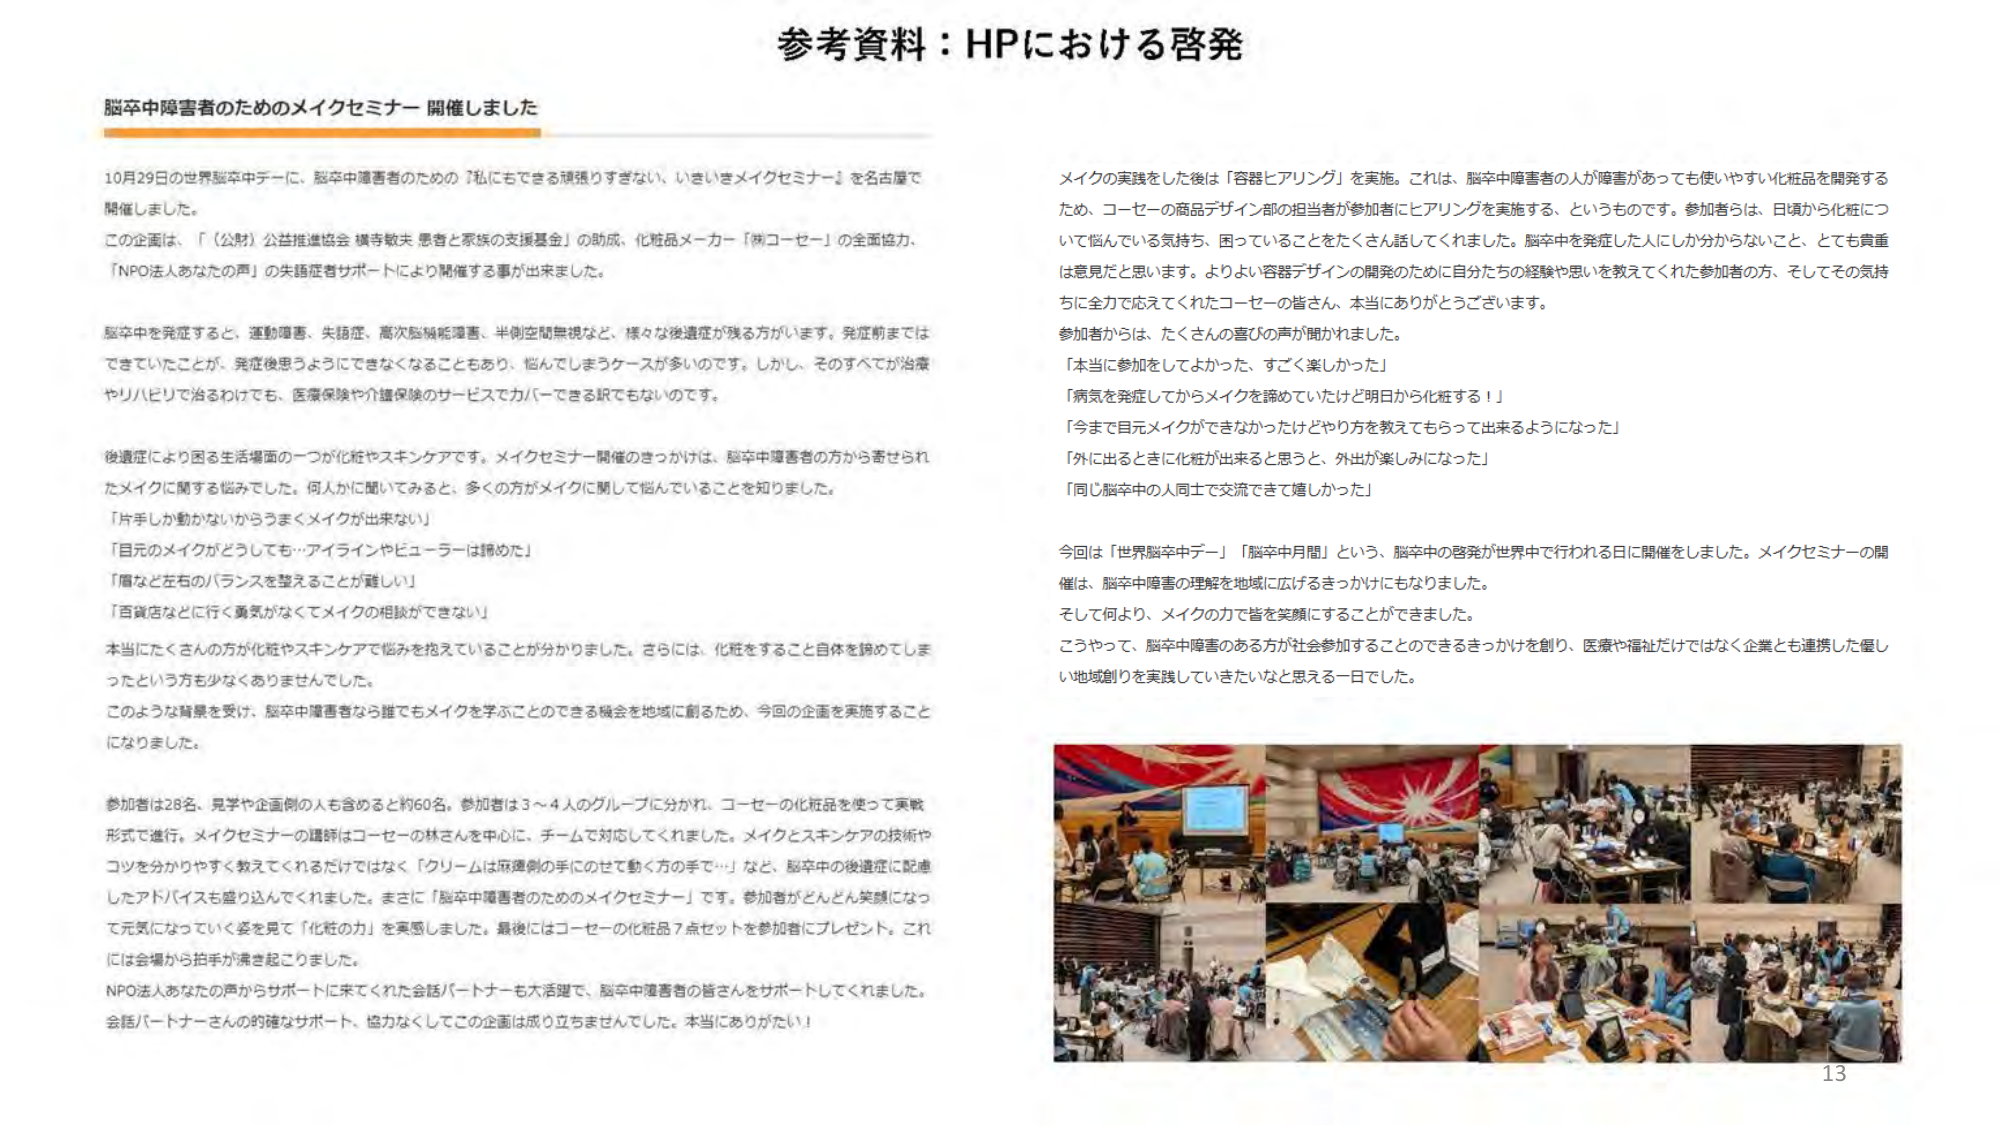
参考資料：HPにおける啓発

脳卒中障害者のためのメイクセミナー 開催しました

10月29日の世界脳卒中デーに、脳卒中障害者のための『私にもできる頑張りすぎない、いきいきメイクセミナー』を名古屋で開催しました。

この企画は、「（公財）公益推進協会 横寺敏夫 患者と家族の支援基金」の助成、化粧品メーカー『株）コーセー』の全面協力、「NPO法人あなたの声」の失語症者サポートにより開催する事が出来ました。

脳卒中を発症すると、運動障害、失語症、高次脳機能障害、半側空間無視など、様々な後遺症が残る方がいます。発症前まではできていたことが、発症後思うようにできなくなることもあり、悩んでしまうケースが多いのです。しかし、そのすべてが治療やリハビリで治るわけでも、医療保険や介護保険のサービスでカバーできる訳でもないのです。

後遺症により困る生活場面の一つが化粧やスキンケアです。メイクセミナー開催のきっかけは、脳卒中障害者の方から寄せられたメイクに関する悩みでした。何人かに聞いてみると、多くの方がメイクに関して悩んでいることを知りました。

「片手しか動かないからうまくメイクが出来ない」
「目元のメイクがどうしても…アイライナーやビューラーは諦めた」
「眉など左右のバランスを整えることが難しい」
「百貨店などに行く勇気がなくてメイクの相談ができない」

本当にたくさんの方が化粧やスキンケアで悩みを抱えていることが分かりました。さらには、化粧をすること自体を諦めてしまったという方も少なくありませんでした。

このような背景を受け、脳卒中障害者なら誰でもメイクを学ぶことのできる機会を地域に創るため、今回の企画を実施することになりました。

参加者は28名、見学や企画側の人も含めると約60名。参加者は3～4人のグループに分かれ、コーセーの化粧品を使って実戦形式で進行。メイクセミナーの講師はコーセーの林さんを中心に、チームで対応してくれました。メイクとスキンケアの技術やコツを分かりやすく教えてくれるだけではなく、「クリームは麻痺側の手にのせて動く方の手で…」など、脳卒中の後遺症に配慮したアドバイスも盛り込んでくれました。まさに「脳卒中障害者のためのメイクセミナー」です。参加者がどんどん笑顔になって元気になっていく姿を見て「化粧の力」を実感しました。最後にはコーセーの化粧品7点セットを参加者にプレゼント。これには会場から拍手が沸き起こりました。

NPO法人あなたの声からサポートに来てくれた会話パートナーも大活躍で、脳卒中障害者の皆さんをサポートしてくれました。会話パートナーさんの的確なサポート、協力なくしてこの企画は成り立ちませんでした。本当にありがとう！

メイクの実践をした後は「容器ヒアリング」を実施。これは、脳卒中障害者の人が障害があっても使いやすい化粧品を開発するため、コーセーの商品デザイン部の担当者が参加者にヒアリングを実施する、というものです。参加者らは、日頃から化粧について悩んでいる気持ち、困っていることをたくさん話してくれました。脳卒中を発症した人にしか分からないこと、とても貴重な意見だと思います。よりよい容器デザインの開発のために自分たちの経験や思いを教えてくれた参加者の方、そしてその気持ちに全力で応えてくれたコーセーの皆さん、本当にありがとうございます。

参加者からは、たくさんの喜びの声が聞かれました。

「本当に参加をしてよかった、すごく楽しかった」
「病気を発症してからメイクを諦めていたけど明日から化粧する！」
「今まで目元メイクができなかったけどやり方を教えてもらって出来るようになった」
「外に出るときに化粧が出来ると思うと、外出が楽しみになった」
「同じ脳卒中の人同士で交流できて嬉しかった」

今回は「世界脳卒中デー」「脳卒中月間」という、脳卒中の啓発が世界中で行われる日に開催をしました。メイクセミナーの開催は、脳卒中障害の理解を地域に広げるきっかけにもなりました。

そして何より、メイクの力で皆を笑顔にすることができました。

こうやって、脳卒中障害のある方が社会参加することのできるきっかけを創り、医療や福祉だけではなく企業とも連携した優しい地域創りを実践していきたいなと思える一日でした。

13